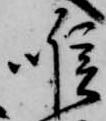
喉